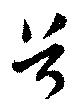
首